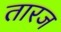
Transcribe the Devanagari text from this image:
तारज